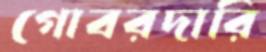
গোবরদারি